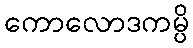
ကောလောဒကမ္ပိ